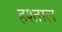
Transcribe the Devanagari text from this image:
हश्ताल